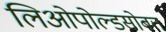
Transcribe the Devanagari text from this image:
लिओपोल्डसोबत